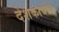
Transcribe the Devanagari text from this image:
देशकार्यास